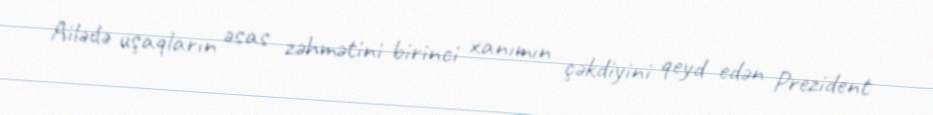
Ailədə uşaqların əsas zəhmətini birinci xanımın çəkdiyini qeyd edən Prezident